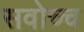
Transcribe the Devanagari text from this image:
सवोच्च